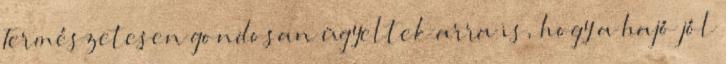
Természetesen gondosan ügyeltek arra is, hogy a hajó jól